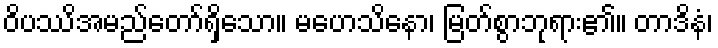
ဝိပဿိအမည်တော်ရှိသော။ မဟေသိနော၊ မြတ်စွာဘုရား၏။ တာဒိနံ၊